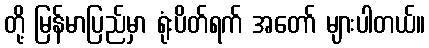
တို့ မြန်မာပြည်မှာ ရုံးပိတ်ရက် အတော် များပါတယ်။